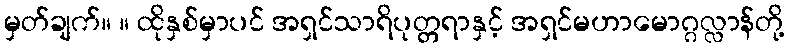
မှတ်ချက်။ ။ ထိုနှစ်မှာပင် အရှင်သာရိပုတ္တရာနှင့် အရှင်မဟာမောဂ္ဂလ္လာန်တို့